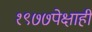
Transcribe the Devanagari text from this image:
१९७७पेक्षाही